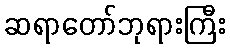
ဆရာတော်ဘုရားကြီး